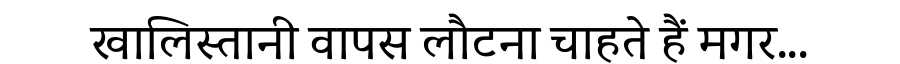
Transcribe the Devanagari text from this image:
खालिस्तानी वापस लौटना चाहते हैं मगर...